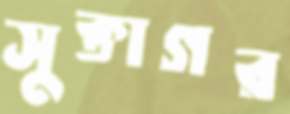
সুক্তাগর